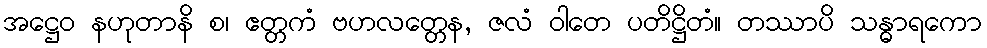
အဋ္ဌေဝ နဟုတာနိ စ၊ ဧတ္တကံ ဗဟလတ္တေန, ဇလံ ဝါတေ ပတိဋ္ဌိတံ။ တဿာပိ သန္ဓာရကော